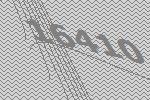
16410